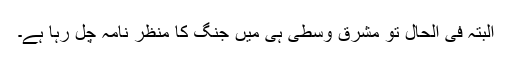
البتہ فى الحال تو مشرق وسطى ہى میں جنگ کا منظر نامہ چل رہا ہے۔